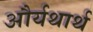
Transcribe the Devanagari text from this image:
और्यथार्थ